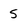
Character: 5